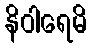
နိဝါရေမိ